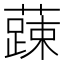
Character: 𮒄